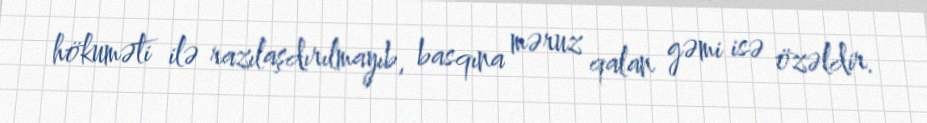
hökuməti ilə razılaşdırılmayıb, basqına məruz qalan gəmi isə özəldir.